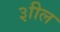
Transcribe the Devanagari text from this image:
३ाील